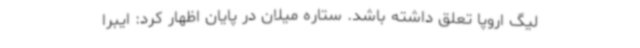
لیگ اروپا تعلق داشته باشد. ستاره میلان در پایان اظهار کرد: ایبرا